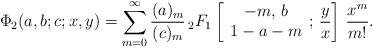
LaTeX: \begin{align*} \Phi_2(a, b; c; x, y) = \sum_{m=0}^\infty \frac{(a)_m}{(c)_m} \, {}_2F_1\left[ \begin{array}{c} -m,\,b \\ 1-a-m \end{array} ;\,\frac{y}{x} \right] \, \frac{x^m}{m!} .\end{align*}